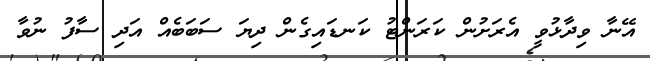
އޭނާ ވިދާޅުވީ އެރަށުން ކަރަންޓު ކަނޑައިގެން ދިޔަ ސަބަބެއް އަދި ސާފު ނުވާ